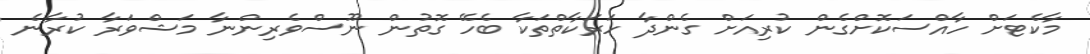
މާކެޓަށް ހާއްސަކޮށްގެން ކުރިއަށް ގެންދާ ހަރަކާތްތަކާ ބެހޭ ގޮތުން ނޫސްވެރިންނާ މަޝްވަރާ ކުރާނެ